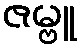
ဇမ္ဗူ